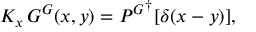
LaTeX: K _ { x } \, G ^ { \cal G } ( x , y ) = { P ^ { \cal G } } ^ { \dagger } [ \delta ( x - y ) ] ,